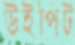
উইপিট